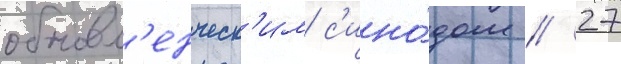
обновл'енческ'им с'ино́дом // 27